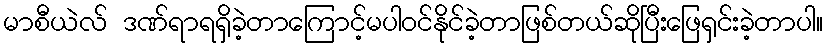
မာစီယဲလ် ဒဏ်ရာရရှိခဲ့တာကြောင့်မပါဝင်နိုင်ခဲ့တာဖြစ်တယ်ဆိုပြီးဖြေရှင်းခဲ့တာပါ။